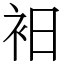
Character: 衵